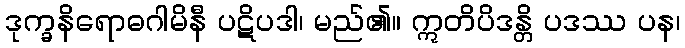
ဒုက္ခနိရောဓဂါမိနီ ပဋိပဒါ၊ မည်၏။ ဣတိပိဒန္တိ ပဒဿ ပန၊